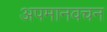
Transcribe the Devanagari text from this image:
अपमानवचन